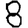
Digit: 8